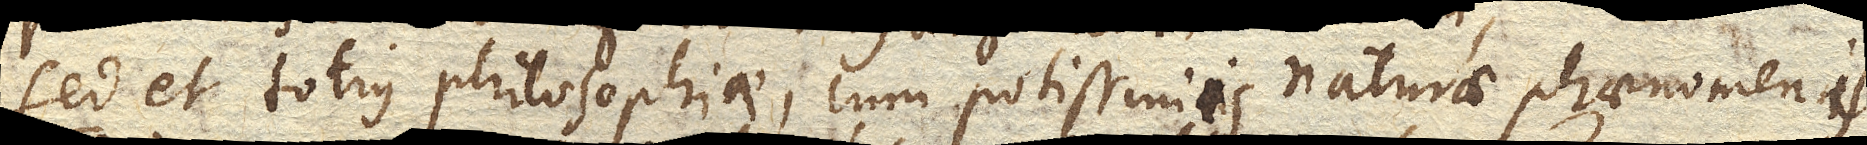
sed et totius philosophiae, cum potissimis naturae phaenomenis